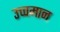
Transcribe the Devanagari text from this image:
उच्चमान